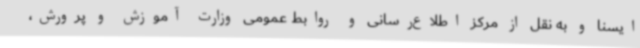
ایسنا و به نقل از مرکز اطلاع‌رسانی و روابط عمومی وزارت آموزش و پرورش،